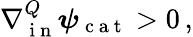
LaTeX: \nabla{}_{\mathrm{~i~n~}}^{Q}\boldsymbol\psi_{\mathrm{~c~a~t~}}>0\, ,